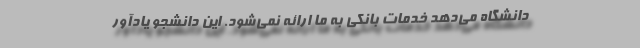
دانشگاه می‌دهد خدمات بانکی به ما ارائه نمی‌شود. این دانشجو یادآور